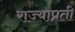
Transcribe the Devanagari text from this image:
राज्याप्रती